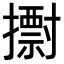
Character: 𢷋